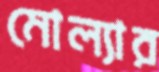
মোল্যার